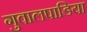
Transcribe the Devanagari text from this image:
गुवालपाडिया